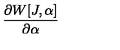
\frac { \partial W [ J , \alpha ] } { \partial \alpha }